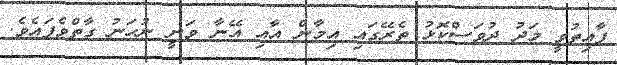
ފާއިތުވީ މަދު ދުވަސްކޮޅު ތެރޭގައި އިމާން އާއި އޭނާ ވަނީ ނުހަނު ގާތްވެފައެވެ.